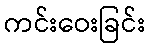
ကင်းဝေးခြင်း